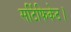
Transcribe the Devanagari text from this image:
सर्टिफिकेट।